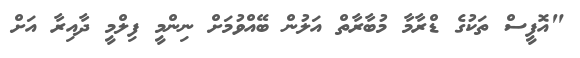
"އޮފީސް ތަކުގެ ޑްރާމާ މުބާރާތް އަލުން ބޭއްވުމަށް ނިންމީ ފިލްމީ ދާއިރާ އަށް